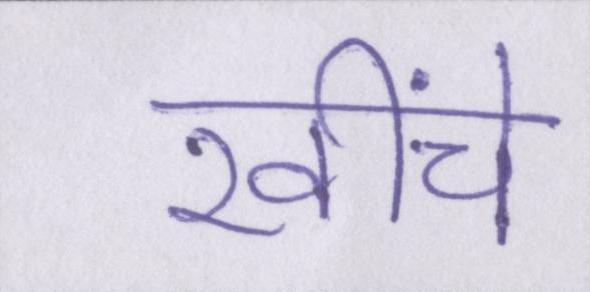
खींचे